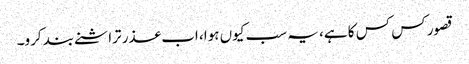
قصور کس کس کا ہے، یہ سب کیوں ہوا، اب عذر تراشنے بند کرو۔